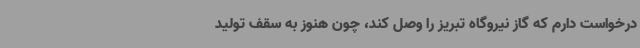
درخواست دارم که گاز نیروگاه تبریز را وصل کند، چون هنوز به سقف تولید